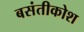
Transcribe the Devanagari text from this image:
बसंतीकोश